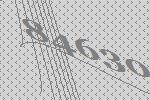
84630